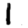
Digit: 1